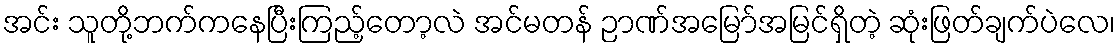
အင်း သူတို့ဘက်ကနေပြီးကြည့်တော့လဲ အင်မတန် ဉာဏ်အမြော်အမြင်ရှိတဲ့ ဆုံးဖြတ်ချက်ပဲလေ၊